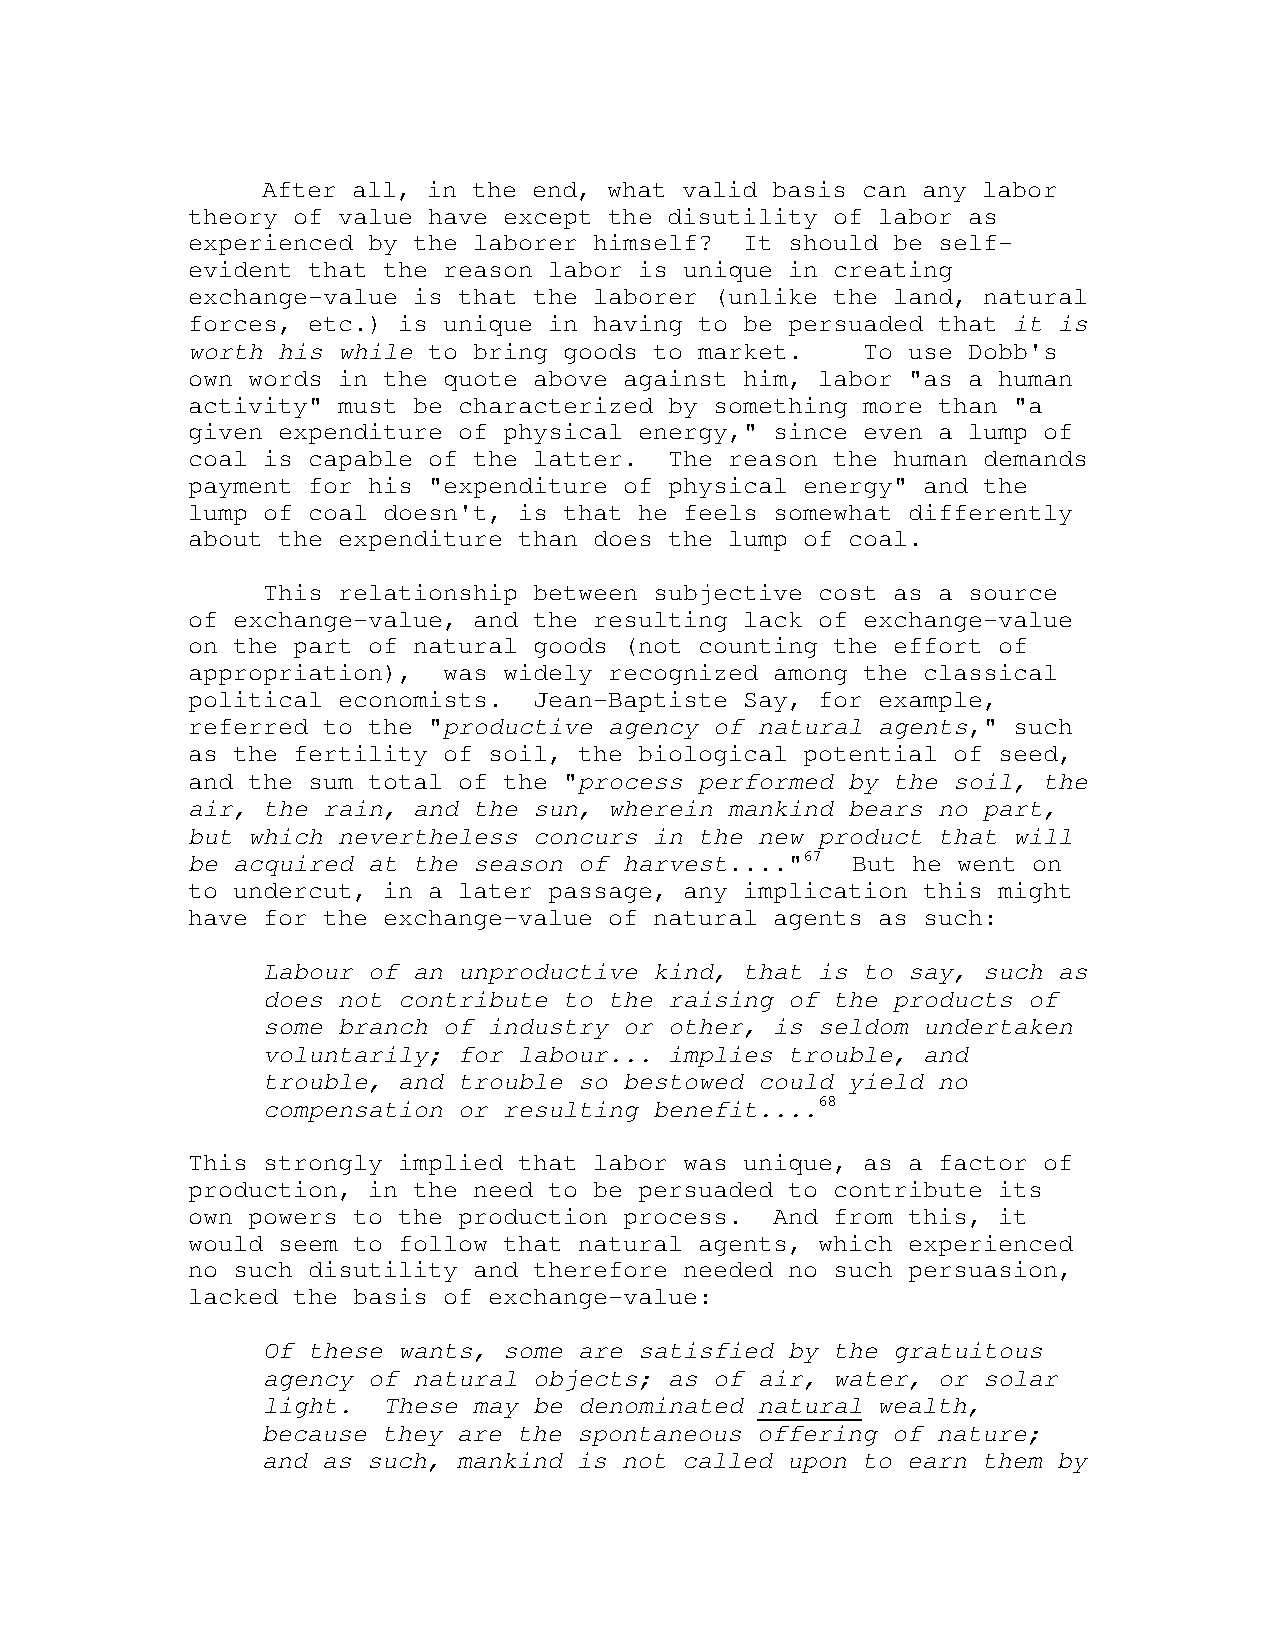
After all, in the end, what valid basis can any labor
 theory of value have except the disutility of labor as
 experienced by the laborer himself?  It should be self-
 evident that the reason labor is unique in creating
 exchange-value is that the laborer (unlike the land, natural
 forces, etc.) is unique in having to be persuaded that it is
 worth his while to bring goods to market.    To use Dobb's
 own words in the quote above against him, labor "as a human
 activity" must be characterized by something more than "a
 given expenditure of physical energy," since even a lump of
 coal is capable of the latter.  The reason the human demands
 payment for his "expenditure of physical energy" and the
 lump of coal doesn't, is that he feels somewhat differently
 about the expenditure than does the lump of coal.
 This relationship between subjective cost as a source
 of exchange-value, and the resulting lack of exchange-value
 on the part of natural goods (not counting the effort of
 appropriation),  was widely recognized among the classical
 political economists.  Jean-Baptiste Say, for example,
 referred to the "productive agency of natural agents," such
 as the fertility of soil, the biological potential of seed,
 and the sum total of the "process performed by the soil, the
 air, the rain, and the sun, wherein mankind bears no part,
 but which nevertheless concurs in the new product that will
 be acquired at the season of harvest...."67 But he went on
 to undercut, in a later passage, any implication this might
 have for the exchange-value of natural agents as such:
 Labour of an unproductive kind, that is to say, such as
 does not contribute to the raising of the products of
 some branch of industry or other, is seldom undertaken
 voluntarily; for labour... implies trouble, and
 trouble, and trouble so bestowed could yield no
 compensation or resulting benefit....68
 This strongly implied that labor was unique, as a factor of
 production, in the need to be persuaded to contribute its
 own powers to the production process.  And from this, it
 would seem to follow that natural agents, which experienced
 no such disutility and therefore needed no such persuasion,
 lacked the basis of exchange-value:
 Of these wants, some are satisfied by the gratuitous
 agency of natural objects; as of air, water, or solar
 light.  These may be denominated natural wealth,
 because they are the spontaneous offering of nature;
 and as such, mankind is not called upon to earn them by